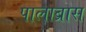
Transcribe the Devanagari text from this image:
पालाब्रास